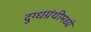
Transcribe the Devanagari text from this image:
दुग्धग्रंथीमध्ये